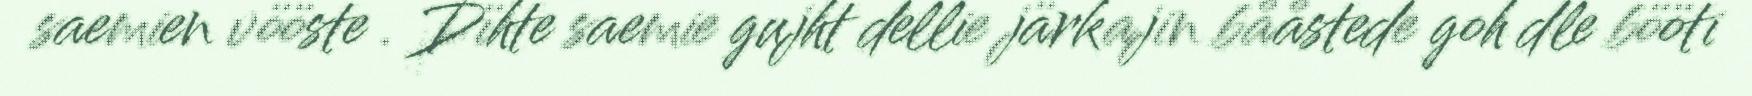
saemien vööste . Dïhte saemie gujht dellie järkajin bååstede goh dle bööti